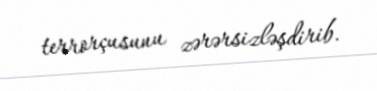
terrorçusunu zərərsizləşdirib.